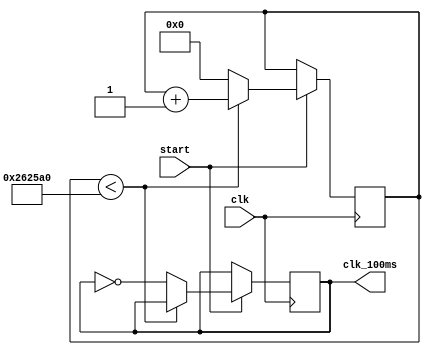
`timescale 1ns / 1ps
//////////////////////////////////////////////////////////////////////////////////
// Company: 
// Engineer: 
// 
// Design Name: 
// Module Name:    counter_0 
// Project Name: 
// Target Devices: 
// Tool versions: 
// Description: 
//
// Dependencies: 
//
// Revision: 
// Revision 0.01 - File Created
// Additional Comments: 
//
//////////////////////////////////////////////////////////////////////////////////
module counter_100ms(clk,start,clk_100ms);   // generate clk_100ms
input wire clk,start;
output reg clk_100ms;
reg[31:0]cnt;

always @(posedge clk) 
begin
   if(start==1)            //start==1
	begin
	if(cnt<2500000) begin   //2.5M*(1/50M)S=0.05S
	   cnt<=cnt + 1;
	end else begin
		cnt<=0;
		clk_100ms<=~clk_100ms;        // clk_100ms==1=0.05s
	end                          // clk_100ms==0=0.05s
	end
end                            //T=100mS
endmodule